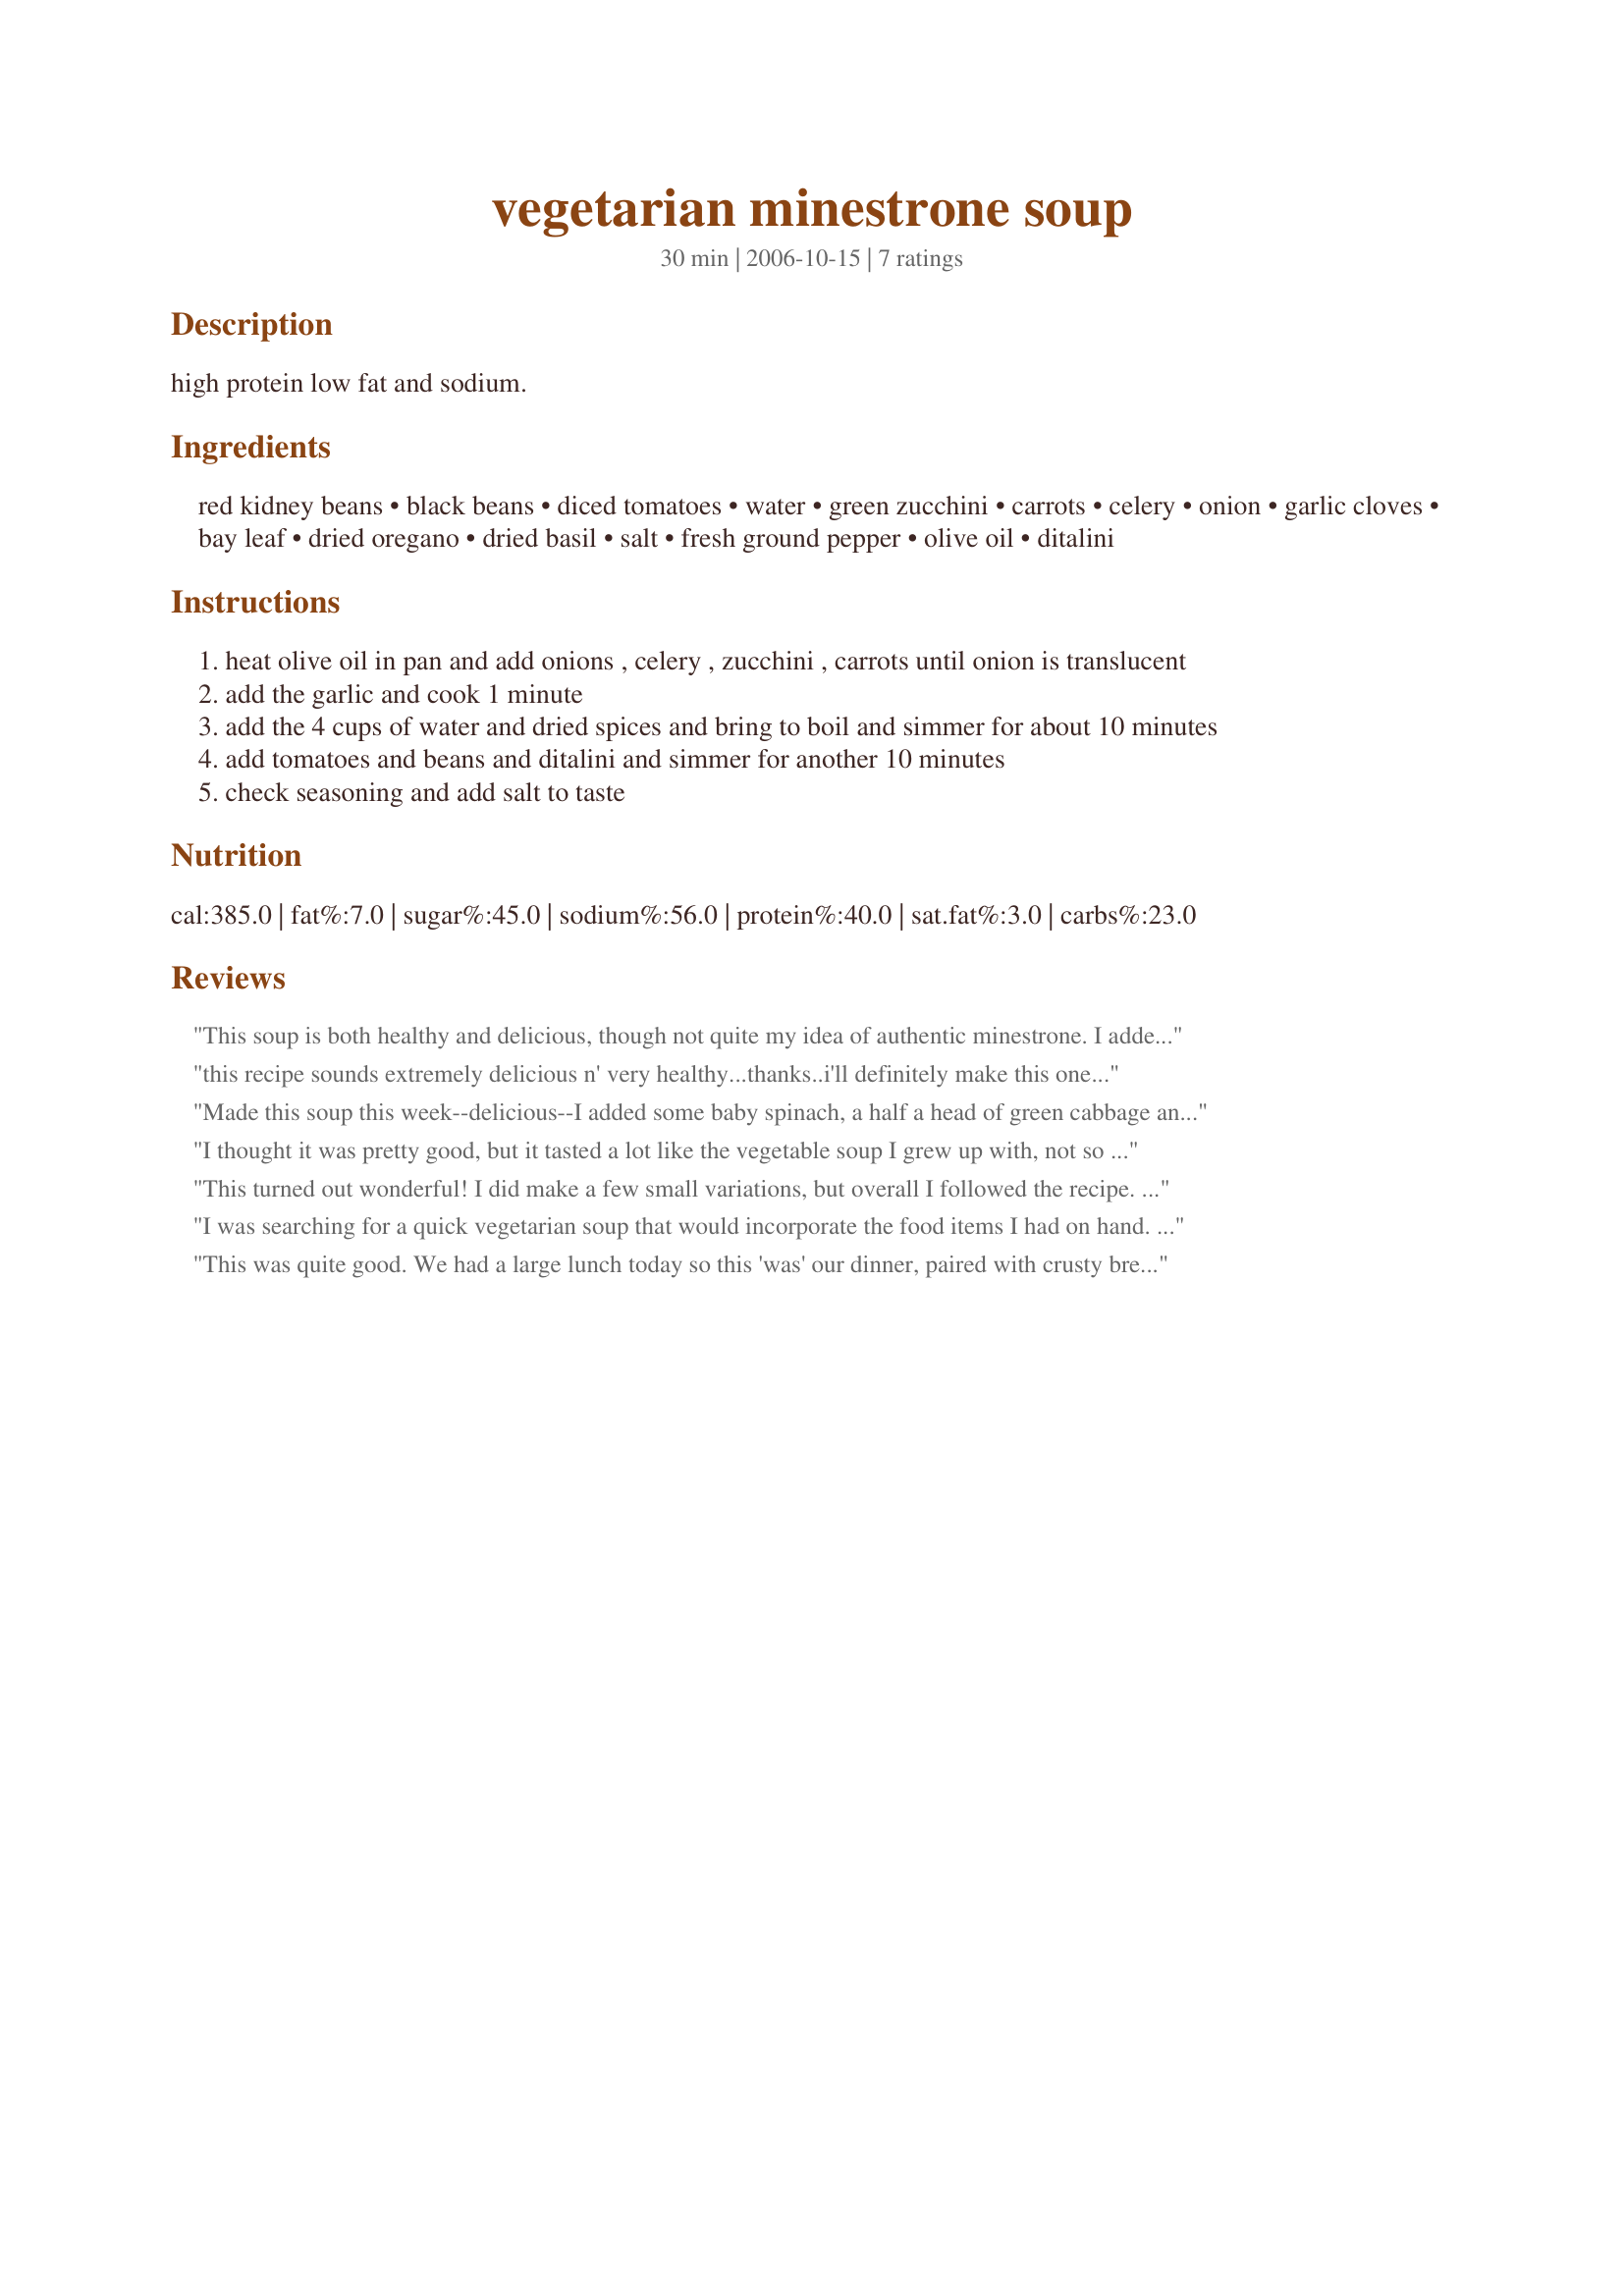
vegetarian minestrone soup
Preparation time: 30 minutes

high protein low fat and sodium.

Ingredients:
red kidney beans, black beans, diced tomatoes, water, green zucchini, carrots, celery, onion, garlic cloves, bay leaf, dried oregano, dried basil, salt, fresh ground pepper, olive oil, ditalini

Steps:
heat olive oil in pan and add onions , celery , zucchini , carrots until onion is translucent
add the garlic and cook 1 minute
add the 4 cups of water and dried spices and bring to boil and simmer for about 10 minutes
add tomatoes and beans and ditalini and simmer for another 10 minutes
check seasoning and add salt to taste

Reviews:
This soup is both healthy and delicious, though not quite my idea of authentic minestrone. I added 6 cups of water and a cube of vegetable bouillon, but omitted the salt. Next time I might substitute cannellini beans for the black beans and perhaps some green cabbage. Thanks for sharing a tasty recipe!
this recipe sounds extremely delicious n' very healthy...thanks..i'll definitely make this one...
Made this soup this week--delicious--I added some baby spinach, a half a head of green cabbage and used vegetable stock instead of water. EXCELLENT!

Bill K.#1440799
I thought it was pretty good, but it tasted a lot like the vegetable soup I grew up with, not so much like minestrone soups I've had in restaurants. We didn't add salt due to the high salt content of the canned vegetables, but it definitely needed it, we doubled the basil & oregano, and I cooking the beans 10 minutes made them mushy so I will add them closer to the end, and we completely eliminated the pasta (I don't eat pasta). We had this with garlic bread and it was tasty! Not sure I'll make it again, but if I do, next time I won't add the bay leaf and see if that makes a difference.
This turned out wonderful! I did make a few small variations, but overall I followed the recipe. First, I didn't have any zucchini so I added two cups of chopped fresh spinach at the same time I added the tomatoes, beans, and pasta. Also, I drained and rinsed the beans so I added one cup extra of water. I simmered this for a total of 30 minutes instead of only 20. Great recipe!
I was searching for a quick vegetarian soup that would incorporate the food items I had on hand. I particularly liked reading the review that it wasn&#039;t what you might call minestrone...because I never cared for minestrone ( esp. in the cans..yuck). This recipe is a keeper! Quick, hearty &amp; with a hunk of cornbread on the side &amp; you&#039;ve got a pretty good meal. I used regular can diced tomatoes (instead of organic) &amp; small macaroni shells - instead of the ditalini - because their cute &amp; I like them) . Thank you for sharing.
This was quite good. We had a large lunch today so this 'was' our dinner, paired with crusty bread. My DH (the soup lover) had 3 bowls. The only change I made was to add a teaspoon of (jarred) crushed garlic, which is equal to 2-3 garlic cloves, and an additional 1/2 teaspoon of salt. A keeper that I'll definitely be making again. Thanks for sharing.
